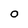
Character: O